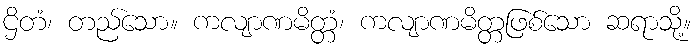
ဌိတံ၊ တည်သော။ ကလျာဏမိတ္တံ၊ ကလျာဏမိတ္တဖြစ်သော ဆရာသို့။